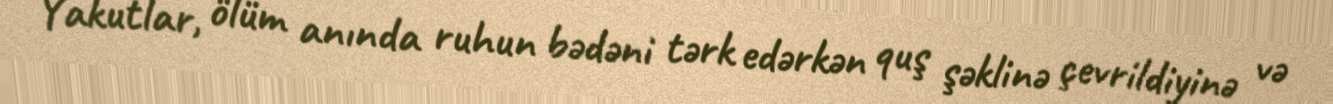
Yakutlar, ölüm anında ruhun bədəni tərk edərkən quş şəklinə çevrildiyinə və